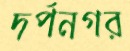
দর্পনগর